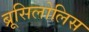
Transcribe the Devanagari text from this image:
ब्रूसिलोलिस